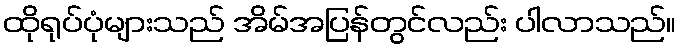
ထိုရုပ်ပုံများသည် အိမ်အပြန်တွင်လည်း ပါလာသည်။